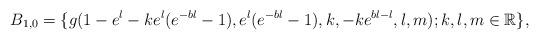
LaTeX: \begin{align*} B_{1,0}=\{g(1-e^{l}-ke^{l}(e^{-bl}-1),e^l(e^{-bl}-1),k,-ke^{bl-l},l,m); k, l, m \in \mathbb R\}, \end{align*}